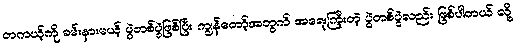
တကယ့်ကို ခမ်းနားမယ့် ပွဲတစ်ပွဲဖြစ်ပြီး ကျွန်တော့်အတွက် အရေးကြီးတဲ့ ပွဲတစ်ပွဲလည်း ဖြစ်ပါတယ် လို့